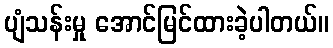
ပျံသန်းမှု အောင်မြင်ထားခဲ့ပါတယ်။